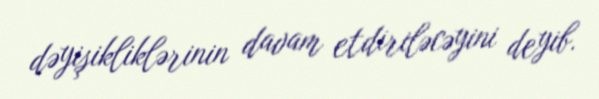
dəyişikliklərinin davam etdiriləcəyini deyib.